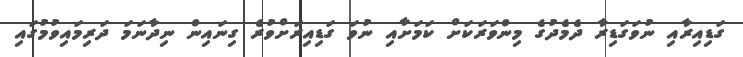
ގަޑިއިރާއި ނުވަގަޑިިރާ ދެމެދުގެ މިންވަރަކަށް ކަމަށާއި ނުވަ ގަޑިއިރަށްވުރެ ގިނައިން ނިދާނަމަ ދަރިމައިވުމުގައި